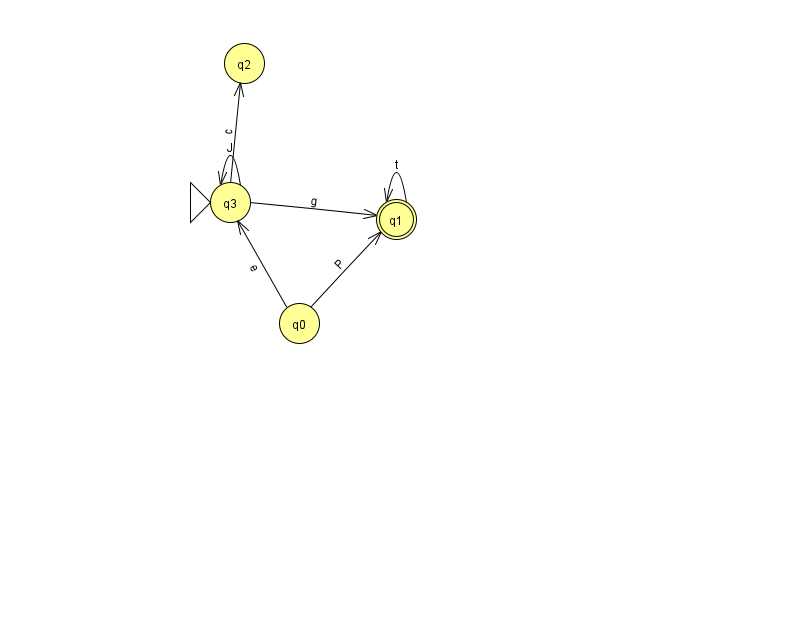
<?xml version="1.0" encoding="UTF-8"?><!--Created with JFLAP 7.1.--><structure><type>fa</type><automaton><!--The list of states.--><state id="0" name="q0"><x>299.0</x><y>310.0</y></state><state id="1" name="q1"><x>396.0</x><y>206.0</y><final/></state><state id="2" name="q2"><x>244.0</x><y>50.0</y></state><state id="3" name="q3"><x>230.0</x><y>189.0</y><initial/></state><!--The list of transitions.--><transition><from>1</from><to>1</to><read>t</read></transition><transition><from>0</from><to>1</to><read>P</read></transition><transition><from>3</from><to>1</to><read>g</read></transition><transition><from>3</from><to>3</to><read>J</read></transition><transition><from>3</from><to>2</to><read>c</read></transition><transition><from>0</from><to>3</to><read>e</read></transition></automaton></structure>